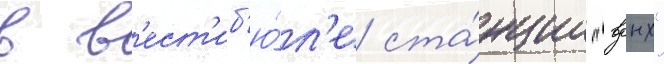
в в'ест'иб'ю́л'е ста́нции "вднх"